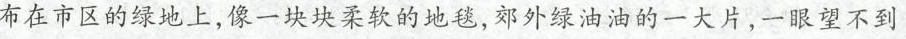
布在市区的绿地上，像一块块柔软的地毯，郊外绿油油的一大片，一眼望不到